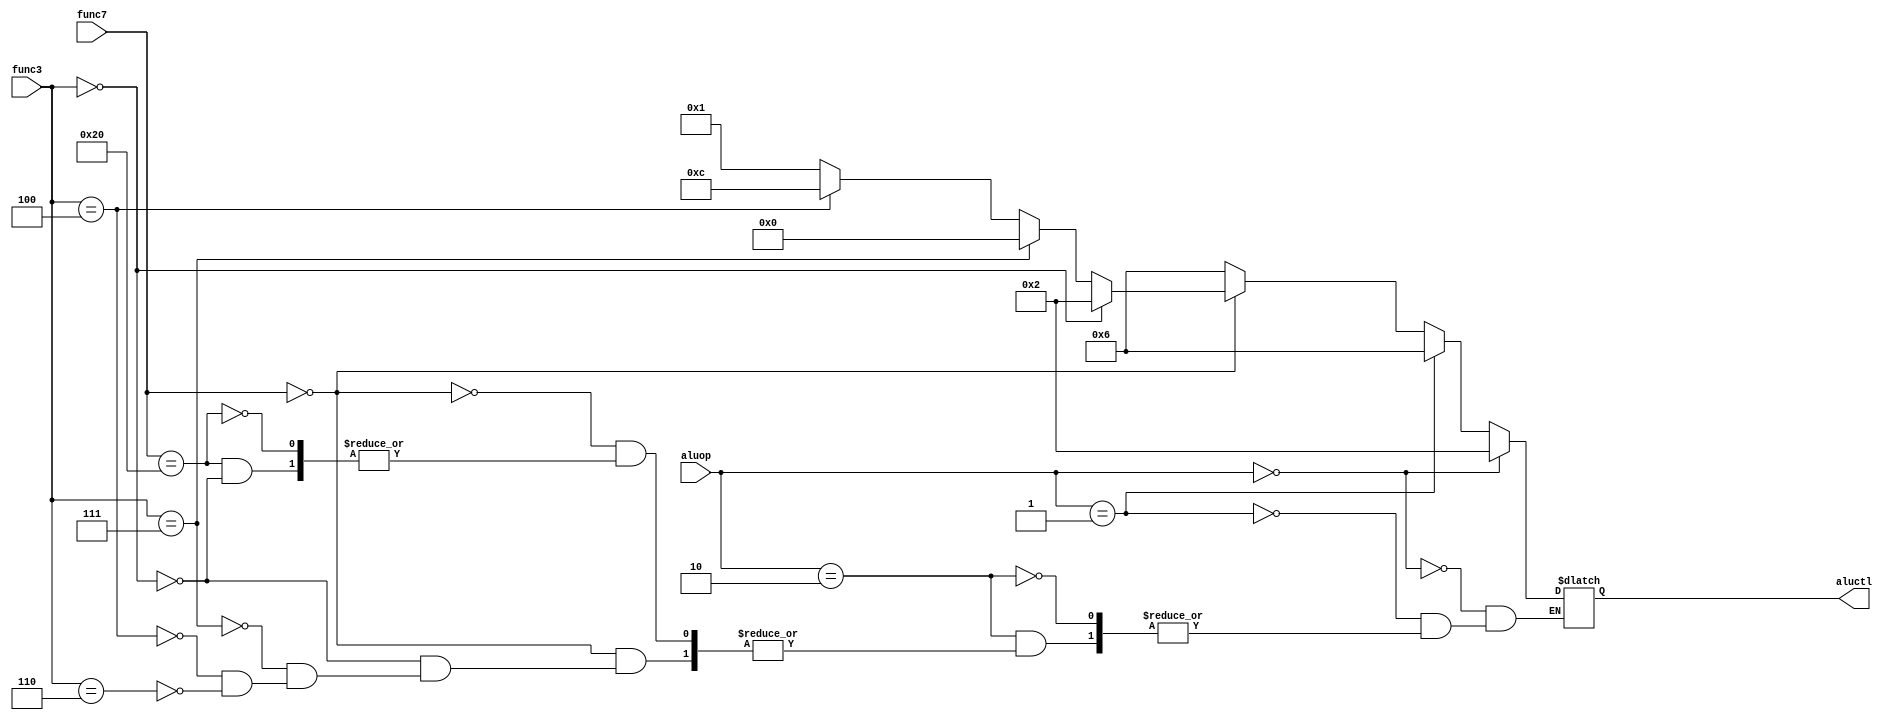
module alucontrol(aluop, func7, func3, aluctl);

    input [1:0] aluop;
    input [6:0] func7;
    input [2:0] func3;

    output reg [3:0] aluctl;

    always @ (aluop, func7, func3)
        begin
          if (aluop == 2'b00)
            aluctl <= 4'b0010;
          else if (aluop == 2'b01) 
            aluctl <= 4'b0110;
          else if (aluop == 2'b10)
            begin
              if (func7 == 7'b0000000)
                begin
                  if (func3 == 3'b000)
                    aluctl <= 4'b0010;
                  else if (func3 == 3'b111)
                    aluctl <= 4'b0000;
                  else if (func3 == 3'b100)
                    aluctl <= 4'b1100;
                  else if (func3 == 3'b110)
                    aluctl <= 4'b0001;
                end
              else if (func7 == 7'b0100000)
                begin
                  if (func3 == 3'b000)
                    aluctl <= 4'b0110;
                end
            end
        end

endmodule